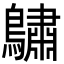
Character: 𪆭